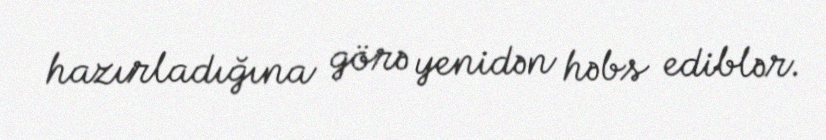
hazırladığına görə yenidən həbs ediblər.